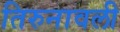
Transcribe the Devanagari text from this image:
तिरुनावली